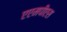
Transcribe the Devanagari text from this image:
एएमपीएस